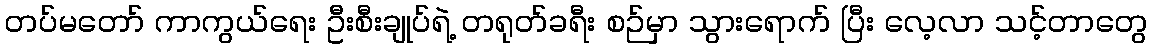
တပ်မတော် ကာကွယ်ရေး ဦးစီးချုပ်ရဲ့ တရုတ်ခရီး စဉ်မှာ သွားရောက် ပြီး လေ့လာ သင့်တာတွေ